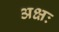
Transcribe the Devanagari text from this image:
अक्षः